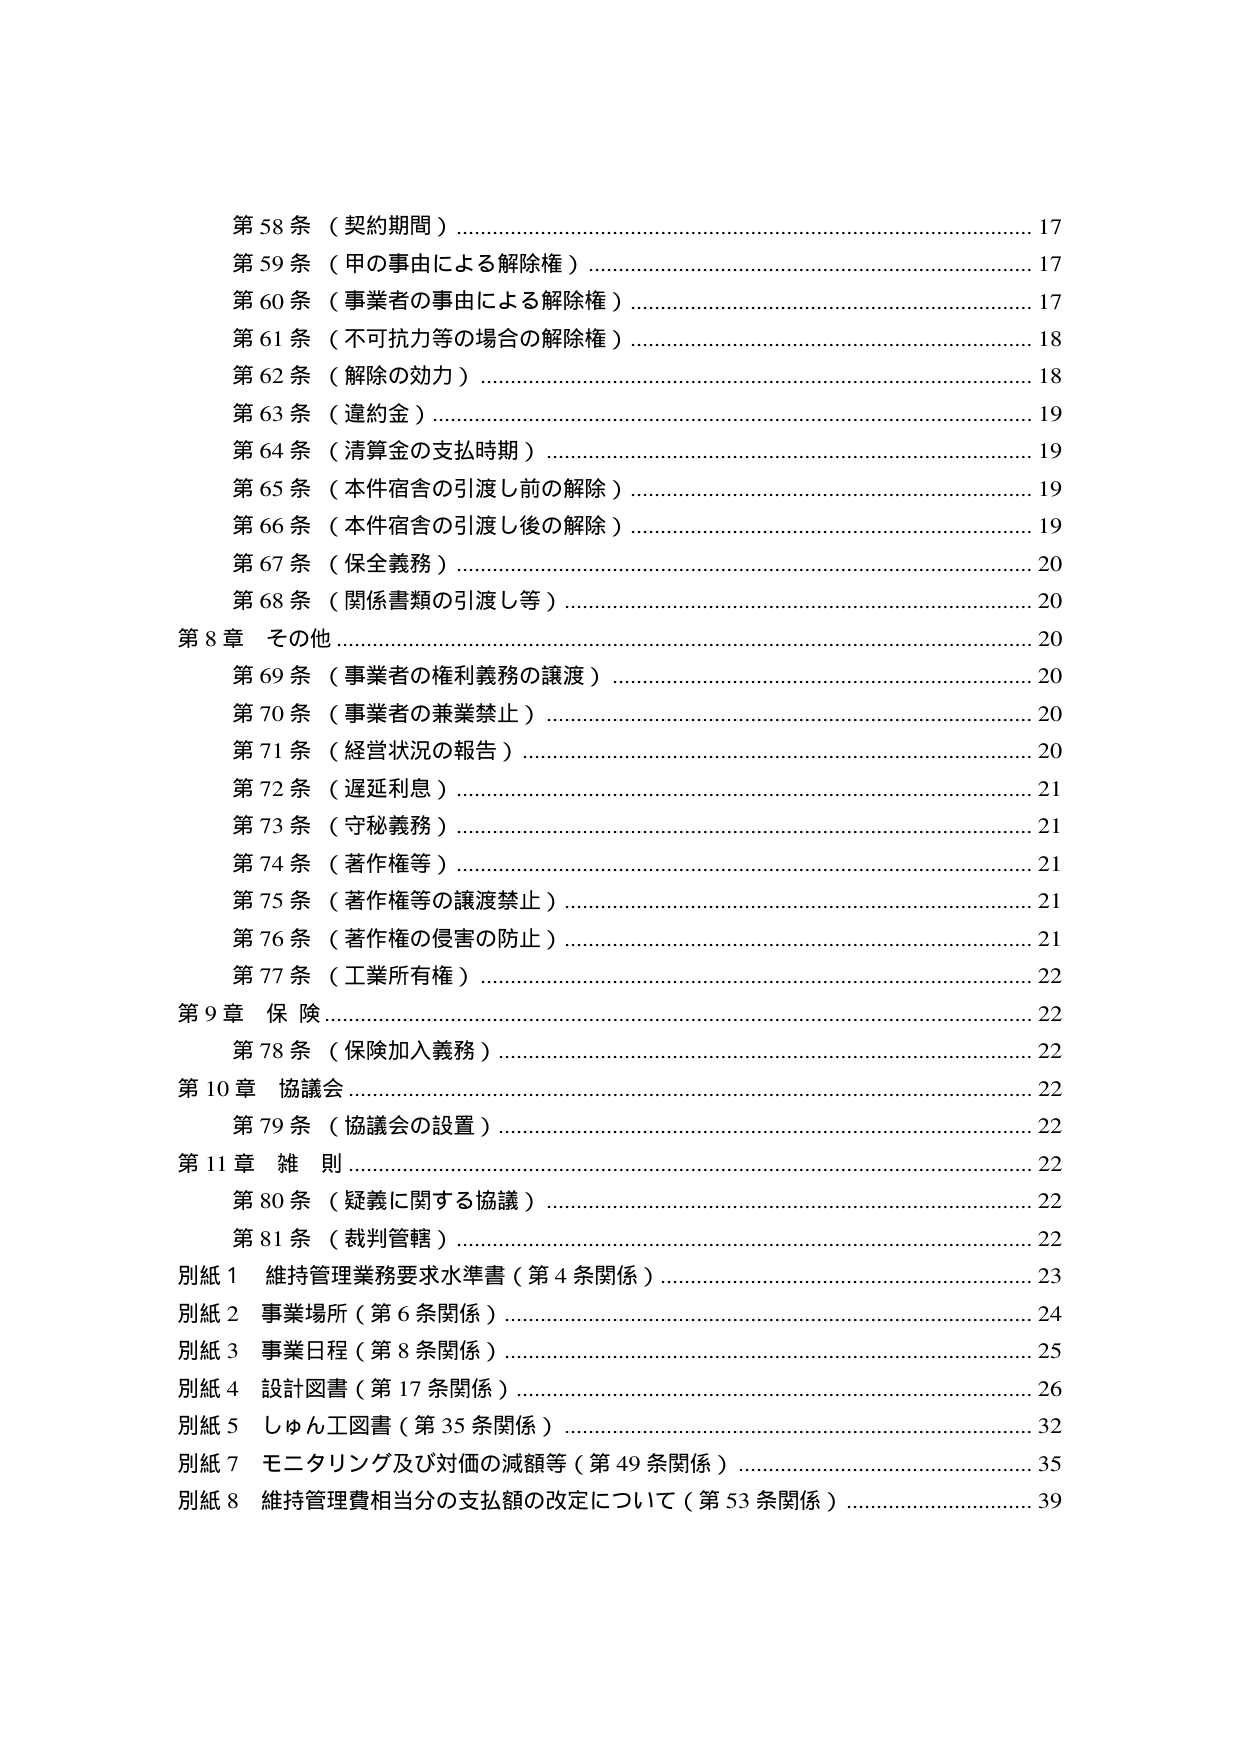
第58条（契約期間）……………………………………………………………17
第59条（甲の事由による解除権）……………………………………………17
第60条（事業者の事由による解除権）………………………………………17
第61条（不可抗力等の場合の解除権）………………………………………18
第62条（解除の効力）…………………………………………………………18
第63条（違約金）………………………………………………………………19
第64条（清算金の支払時期）…………………………………………………19
第65条（本件宿舎の引渡し前の解除）………………………………………19
第66条（本件宿舎の引渡し後の解除）………………………………………19
第67条（保全義務）……………………………………………………………20
第68条（関係書類の引渡し等）………………………………………………20
第8章 その他……………………………………………………………………20
　第69条（事業者の権利義務の譲渡）………………………………………20
　第70条（事業者の兼業禁止）………………………………………………20
　第71条（経営状況の報告）…………………………………………………20
　第72条（遅延利息）…………………………………………………………21
　第73条（守秘義務）…………………………………………………………21
　第74条（著作権等）…………………………………………………………21
　第75条（著作権等の譲渡禁止）……………………………………………21
　第76条（著作権の侵害の防止）……………………………………………21
　第77条（工業所有権）………………………………………………………22
第9章 保険………………………………………………………………………22
　第78条（保険加入義務）……………………………………………………22
第10章 協議会…………………………………………………………………22
　第79条（協議会の設置）……………………………………………………22
第11章 雑則……………………………………………………………………22
　第80条（疑義に関する協議）………………………………………………22
　第81条（裁判管轄）…………………………………………………………22
別紙1 維持管理業務要求水準書（第4条関係）……………………………23
別紙2 事業場所（第6条関係）………………………………………………24
別紙3 事業日程（第8条関係）………………………………………………25
別紙4 設計図書（第17条関係）………………………………………………26
別紙5 しゅん工図書（第35条関係）…………………………………………32
別紙7 モニタリング及び対価の減額等（第49条関係）……………………35
別紙8 維持管理費相当分の支払額の改定について（第53条関係）………39